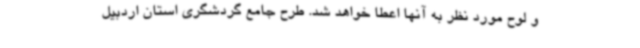
و لوح مورد نظر به آنها اعطا خواهد شد. طرح جامع گردشگری استان اردبیل